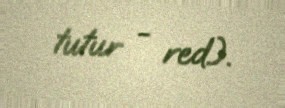
tutur - red.).